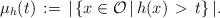
LaTeX: \begin{align*}\mu_h(t)\,:=\,|\left\lbrace x\in\mathcal{O}\,|\, h(x)\,>\,t \right\rbrace|.\end{align*}